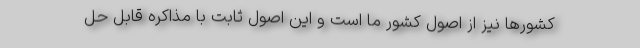
کشور‌ها نیز از اصول کشور ما است و این اصول ثابت با مذاکره قابل حل